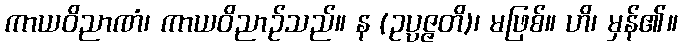
ကာယဝိညာဏံ၊ ကာယဝိညာဉ်သည်။ န (ဥပ္ပဇ္ဇတိ)၊ မဖြစ်။ ဟိ၊ မှန်၏။